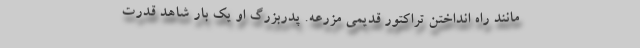
مانند راه انداختن تراکتور قدیمی مزرعه. پدربزرگ او یک بار شاهد قدرت